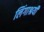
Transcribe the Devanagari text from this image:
लिंगाश्रयी